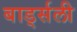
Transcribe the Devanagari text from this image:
बार्ड्सली